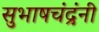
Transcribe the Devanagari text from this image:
सुभाषचंद्रंनी